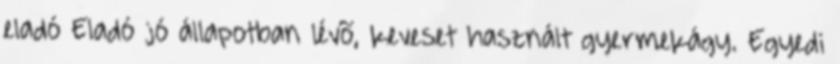
eladó Eladó jó állapotban lévõ, keveset használt gyermekágy. Egyedi